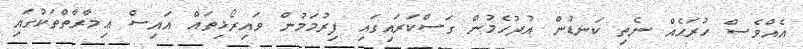
އެއްވެސް ހުރަހެއް ނެތި ކަނޑުން އުދުހެމުން ގަސްކަރައިގައި ފިރުމަމުން ވައިރޯޅިތައް އައިސް ޢިމާރާތްތަކުގައި